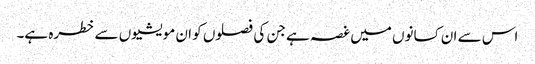
اس سے ان کسانوں میں غصہ ہے جن کی فصلوں کو ان مویشیوں سے خطرہ ہے۔